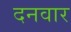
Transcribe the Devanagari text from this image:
दनवार